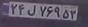
۲۴ل۷۶۹۵۳